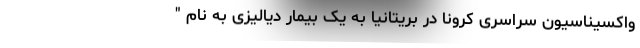
واکسیناسیون سراسری کرونا در بریتانیا به یک بیمار دیالیزی به نام "